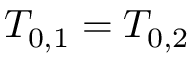
T _ { 0 , 1 } = T _ { 0 , 2 }